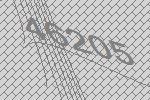
46205